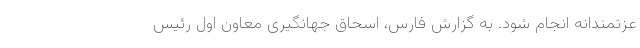
عزتمندانه انجام شود. به گزارش فارس، اسحاق جهانگیری معاون اول رئیس